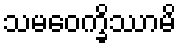
သမဝေက္ခိဿာမိ